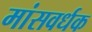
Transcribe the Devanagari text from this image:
मांसवर्धक